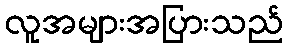
လူအများအပြားသည်